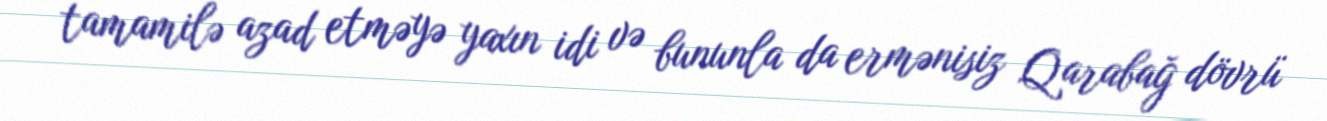
tamamilə azad etməyə yaxın idi və bununla da ermənisiz Qarabağ dövrü